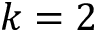
k = 2